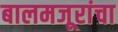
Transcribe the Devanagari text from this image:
बालमजूरांचा